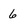
Character: 6